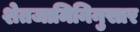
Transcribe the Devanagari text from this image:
शेतजामिनिनुसार